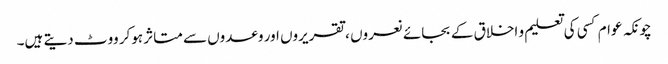
چونکہ عوام کسی کی تعلیم و اخلاق کے بجائے نعروں ، تقریروں اور وعدوں سے متاثر ہوکر ووٹ دیتے ہیں۔